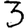
Digit: 3